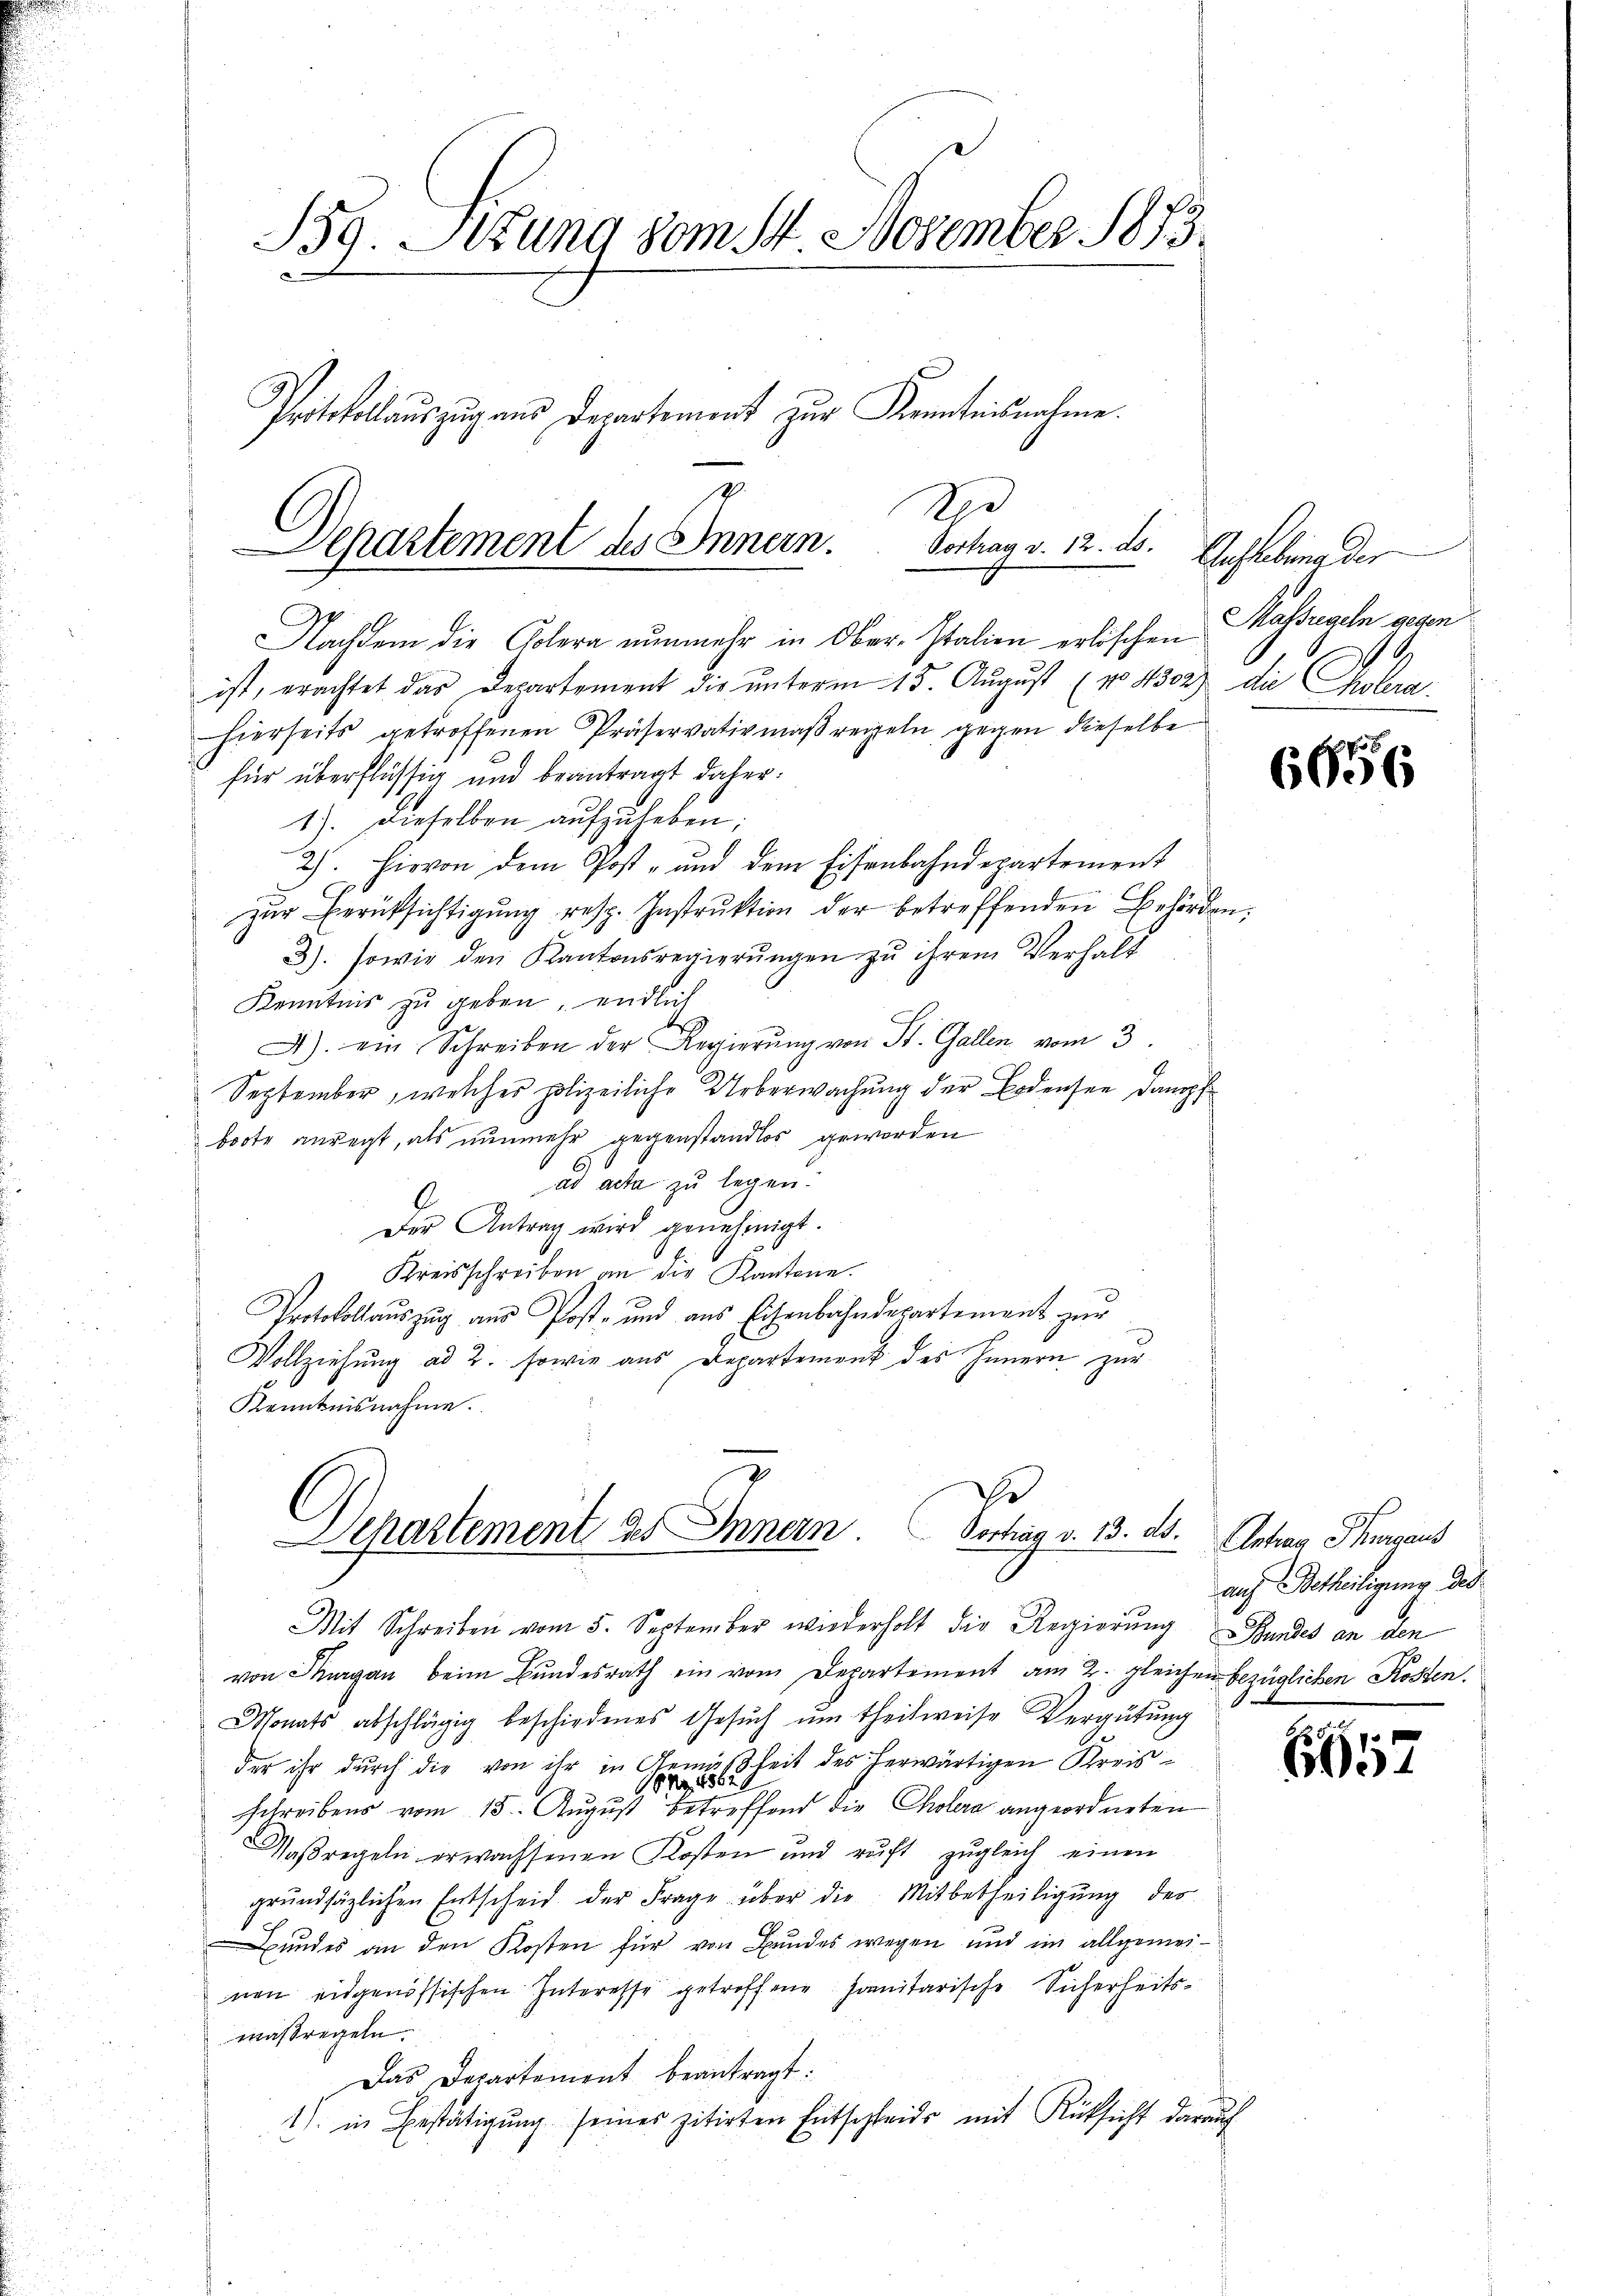
B39. Sitzung vom 14. November 1873.
Protokollaŭszŭg ans Departement zur Kenntnisnahme.

7.
Und
Vortrag v. 12. d.
Separtement des Innern.

Nachdem die Colera nunmehr in Ober-Italien erlöschen
ist, erachtet das Departement die unterm 15. August (No 4302) die Cholera
hierseits getroffenen Präservativmaßregeln gegen dieselbe
für überflüssig und beantragt daher.
1). Dieselben aufzuheben;
2). Hievon dem Post- und dem Eisenbahndepartement
zŭr Berücksichtigŭng resp. Instrŭktion der betreffenden Behörden:
3). sowie den Kantonsregierŭngen zu ihrem Verhalt
Kenntnis zu geben, endlich
A) ein Schreiben der Regierŭng von St. Gallen vom 3.
September, welcher polizeiliche Ueberwachung der Erdensee dampf
boote anregt, als nunmehr gegenstandlos geworden
ad acta zu legen:
Der Antrag wird genehmigt.
Kreisschreiben an die Kantone.
Protokollaŭszŭg aŭs Post- und aus Eisenbahndepartement zŭr
Vollziehung ad 2. sowie aus Departement des Innern zur
Kenntnisnahme.
e
Separtement des Innern. Vorhang v. 13. ds. Antrag Thurgaus
Mit Schreiben vom 5. September wiederholt die Regierung Pfundes an den
von Thurgau beim Bundesrath ein vom Departement am 2. gleichen bezüglichen Kosten.
Monats abschlägig beschiedenes Gesŭch ŭm theilweise Vergütung
der ihr durch die von ihr in Gemäsheit des herwärtigen Kreisschreibens vom 15. August betreffend die Cholera angeordneten
Waßregeln erwachsenen Kosten und ruft zugleich einen
grŭndsätzlichen Entscheid der Frage über die Mitbetheiligŭng des
Bundes an den Kosten für von Bundes wegen und im allgemeinen eidgenössischen Interesse getroffene Janitarische Sicherheitsmaßregeln.
Das Departement beantragt:
1) in Bestätigung seines zitirten Entschleids mit Rücksicht darauf

Anstaberna der
Massregeln gegen

6656

auf Betheiligung des

s
661